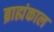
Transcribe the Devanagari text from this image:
ब्राह्मंकाल